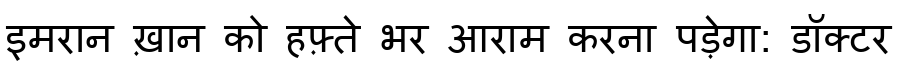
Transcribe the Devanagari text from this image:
इमरान ख़ान को हफ़्ते भर आराम करना पड़ेगा: डॉक्टर